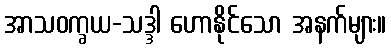
အာသဝက္ခယ-သဒ္ဒါ ဟောနိုင်သော အနက်များ။